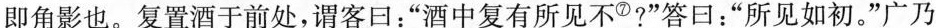
即角影也。复置酒于前处，谓客日：”酒中复有所见不⑦?”答日：”所见如初。”广乃